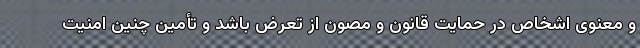
و معنوی اشخاص در حمایت قانون و مصون از تعرض باشد و تأمین چنین امنیت